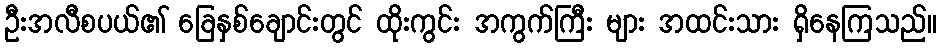
ဦးအလီစပယ်၏ ခြေနှစ်ချောင်းတွင် ထိုးကွင်း အကွက်ကြီး များ အထင်းသား ရှိနေကြသည်။